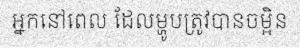
អ្នកនៅពេល ដែលម្ហូបត្រូវបានចម្អិន